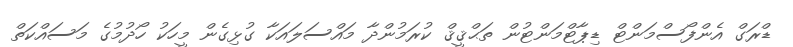
ޑްރަގް އެންފޯސްމަންޓް ޑިޕާޓްމަންޓުން ތަޙްޤީޤް ކުރަމުންދާ މައްސަލައަކާ ގުޅިގެން މީހަކު ހޯދުމުގެ މަސައްކަތް